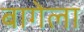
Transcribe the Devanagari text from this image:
बागेला